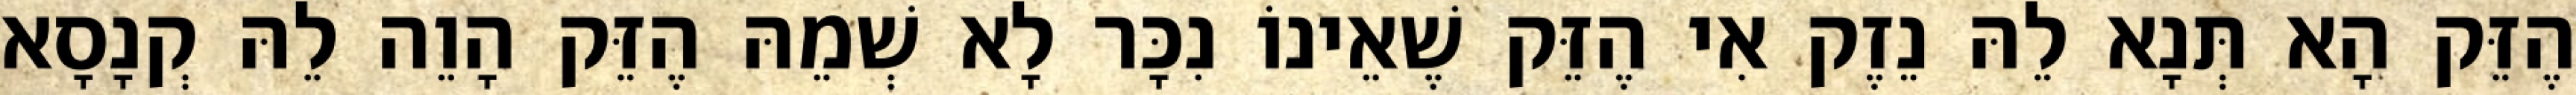
הֶזֵּק הָא תְּנָא לֵהּ נֵזֶק אִי הֶזֵּק שֶׁאֵינוֹ נִכָּר לָא שְׁמֵהּ הֶזֵּק הָוֵה לֵהּ קְנָסָא